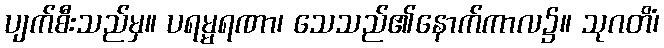
ပျက်စီးသည်မှ။ ပရမ္မရဏာ၊ သေသည်၏နောက်ကာလ၌။ သုဂတိံ၊